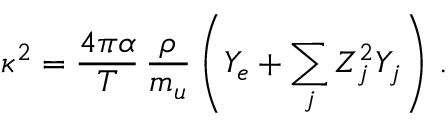
\kappa ^ { 2 } = \frac { 4 \pi \alpha } { T } \, \frac { \rho } { m _ { u } } \left( Y _ { e } + \sum _ { j } Z _ { j } ^ { 2 } Y _ { j } \right) \, .